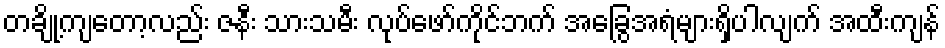
တချို့ကျတော့လည်း ဇနီး သားသမီး လုပ်ဖော်ကိုင်ဘက် အခြွေအရံများရှိပါလျက် အထီးကျန်